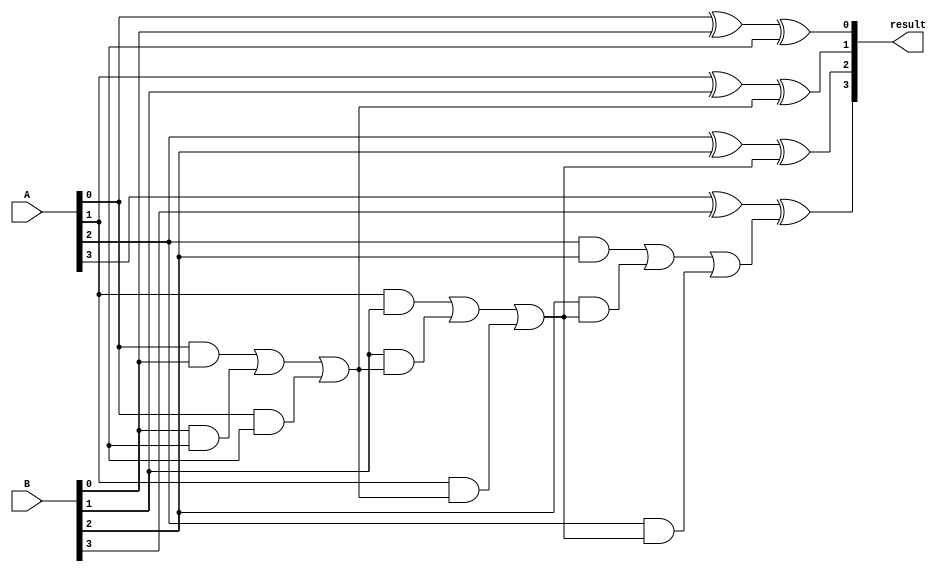
module ripple_carry_subtractor (
    input [3:0] A,
    input [3:0] B,
    output reg [3:0] result
);

reg [3:0] carry;

assign result[0] = A[0] ^ B[0] ^ carry[0];
assign carry[1] = (A[0] & B[0]) | (B[0] & carry[0]) | (A[0] & carry[0]);
assign result[1] = A[1] ^ B[1] ^ carry[1];
assign carry[2] = (A[1] & B[1]) | (B[1] & carry[1]) | (A[1] & carry[1]);
assign result[2] = A[2] ^ B[2] ^ carry[2];
assign carry[3] = (A[2] & B[2]) | (B[2] & carry[2]) | (A[2] & carry[2]);
assign result[3] = A[3] ^ B[3] ^ carry[3];

endmodule